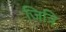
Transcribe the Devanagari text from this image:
जित्रि